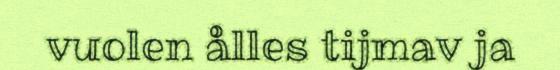
vuolen ålles tijmav ja